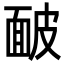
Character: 䩅